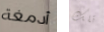
أدمغة تلك